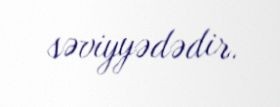
səviyyədədir.